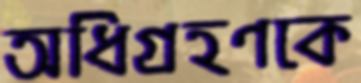
অধিগ্রহণকে